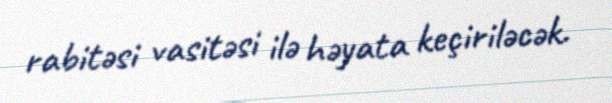
rabitəsi vasitəsi ilə həyata keçiriləcək.